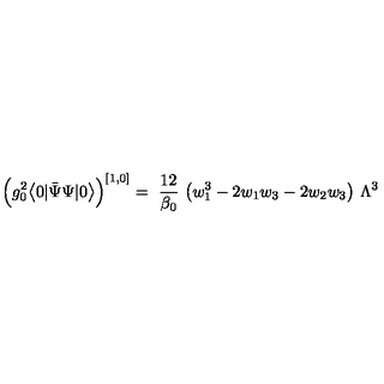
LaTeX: \Big ( g _ { 0 } ^ { 2 } \big < 0 | \bar { \Psi } \Psi | 0 \big > \Big ) ^ { [ 1 , 0 ] } = \ \frac { 1 2 } { \beta _ { 0 } } \ \big ( w _ { 1 } ^ { 3 } - 2 w _ { 1 } w _ { 3 } - 2 w _ { 2 } w _ { 3 } \big ) \ \Lambda ^ { 3 }